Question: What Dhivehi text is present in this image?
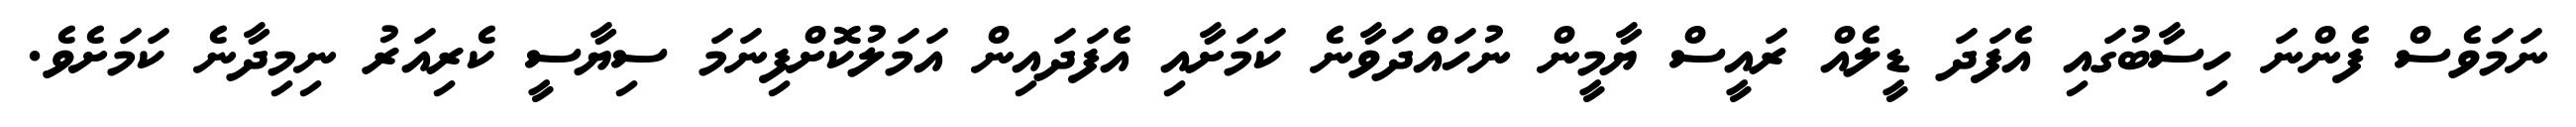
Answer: ނަމަވެސް ފެންނަ ހިސާބުގައި އެފަދަ ޑީލެއް ރައީސް ޔާމީން ނުހައްދަވާނެ ކަމަށާއި އެފަދައިން އަމަލުކޮށްފިނަމަ ސިޔާސީ ކެރިއަރު ނިމިދާނެ ކަމަށެވެ.